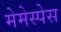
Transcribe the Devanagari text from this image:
मेमेस्पेस